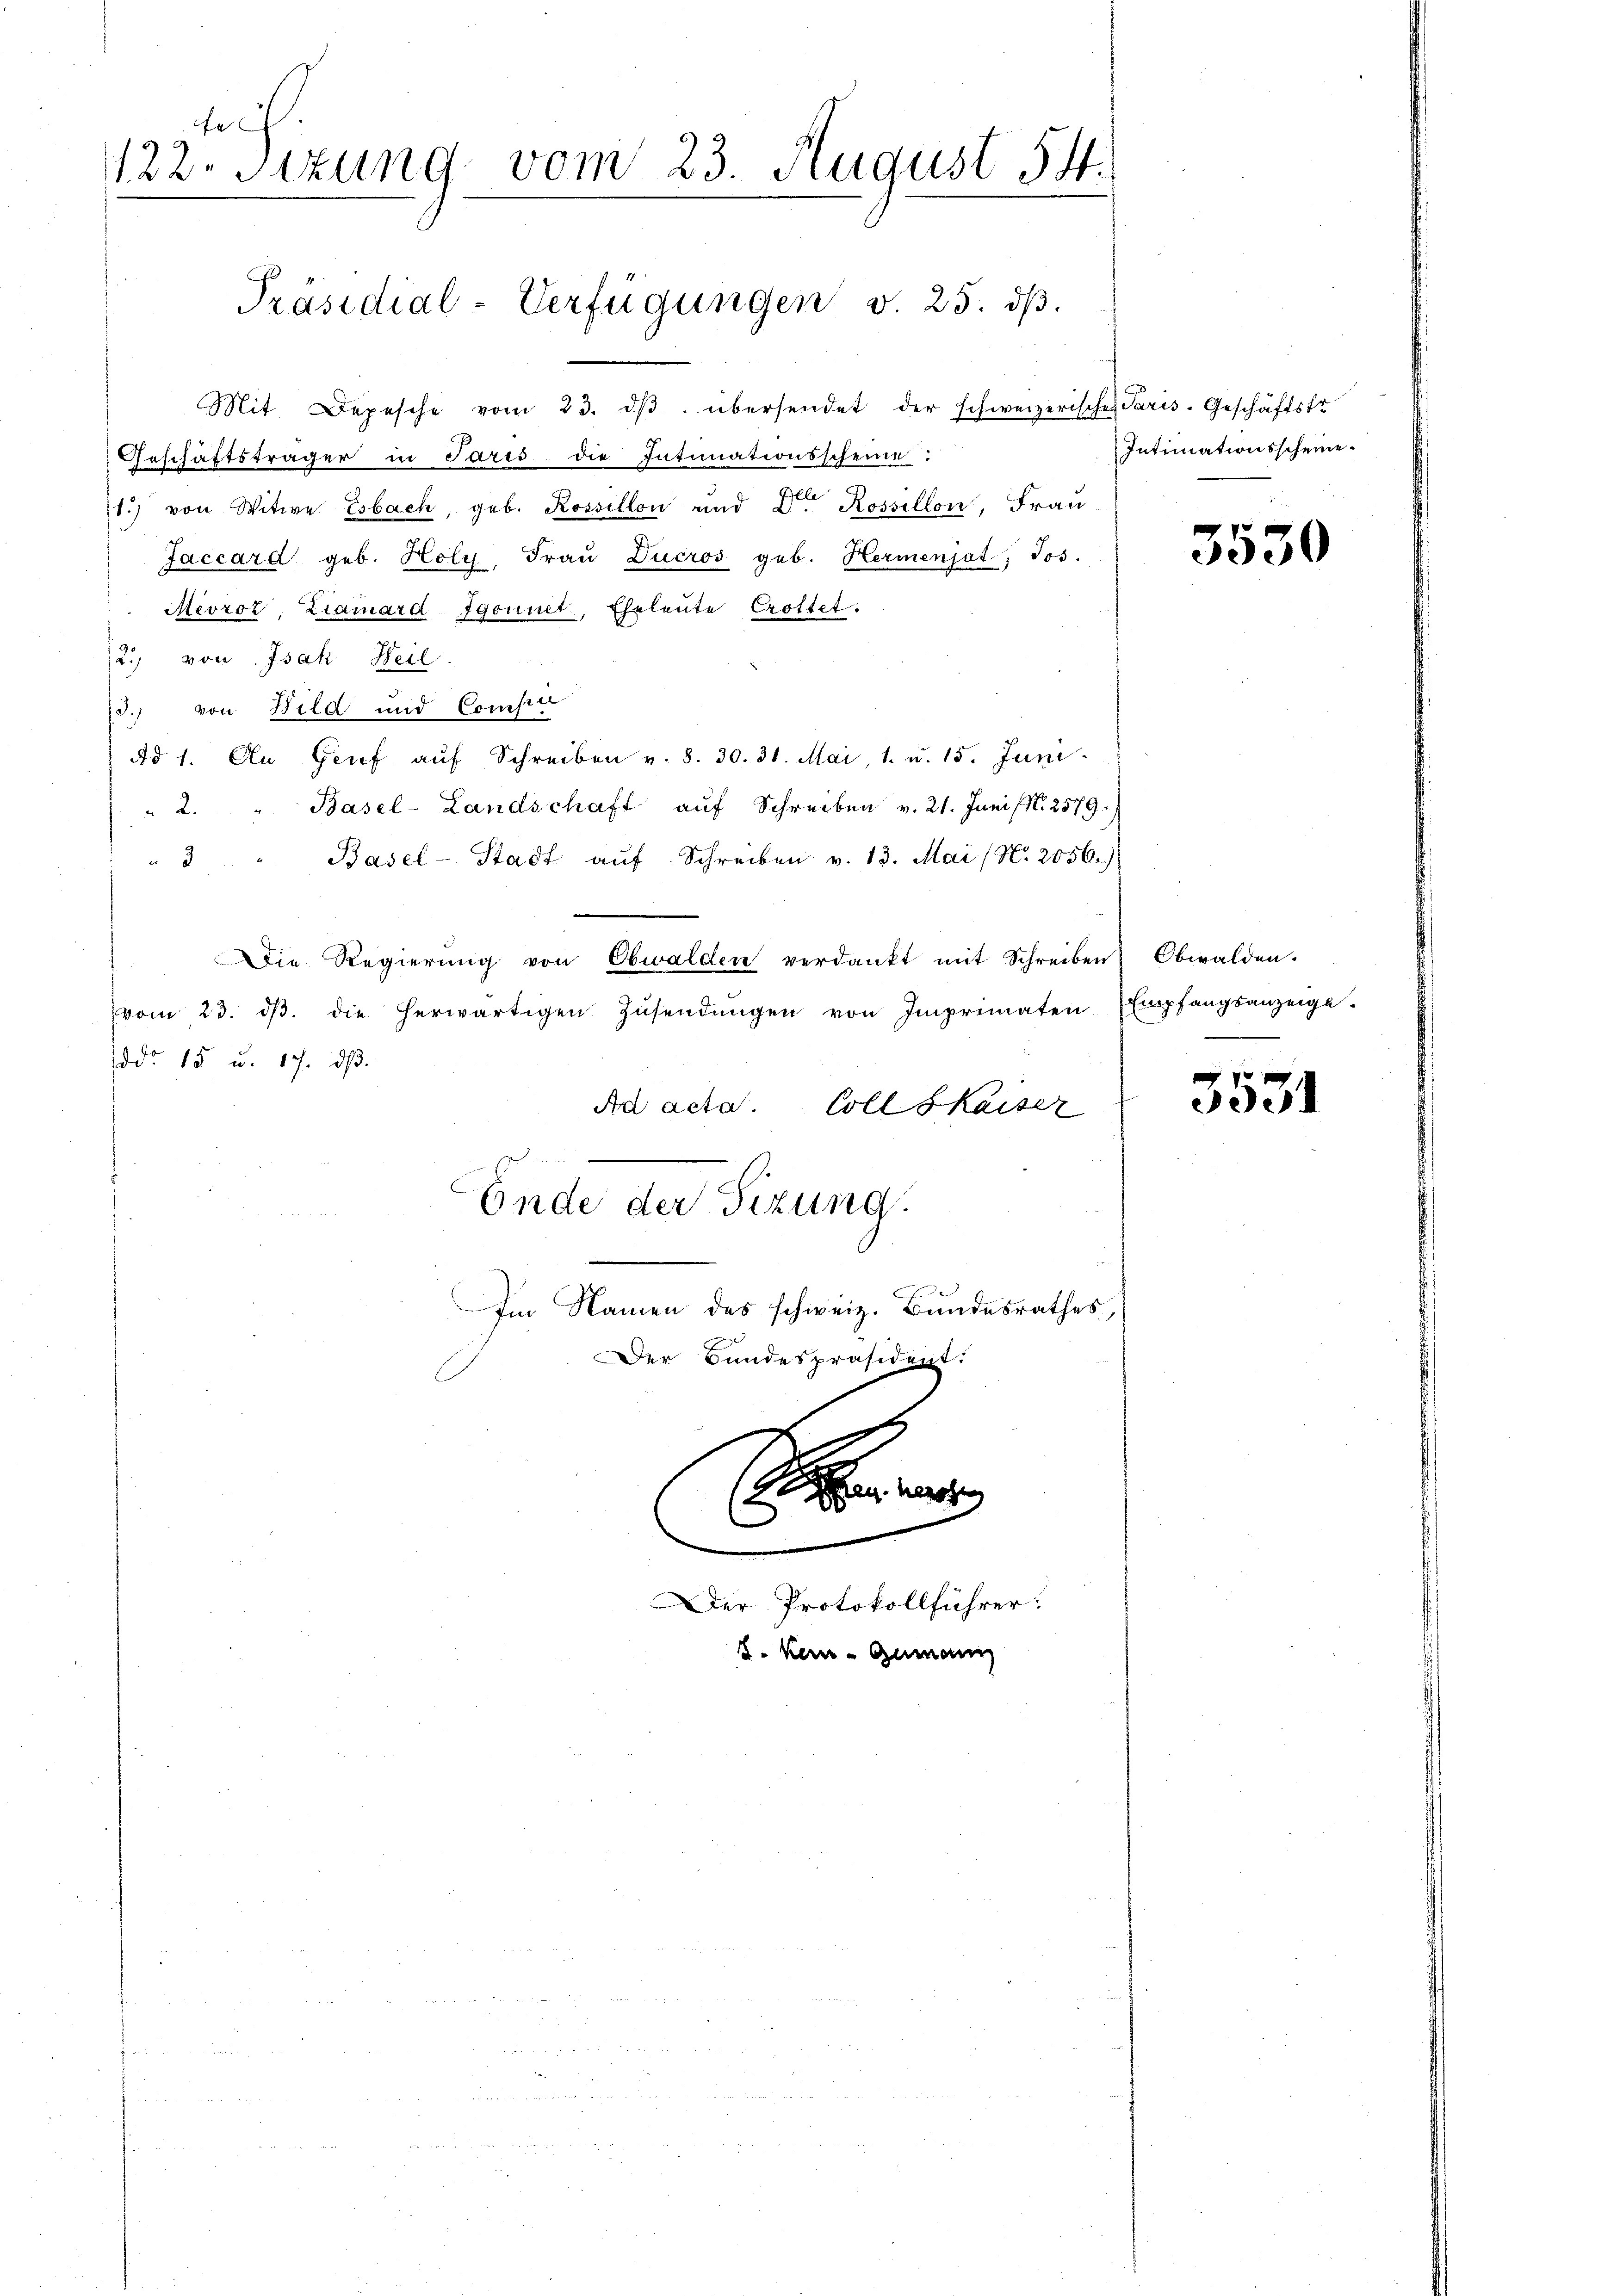
122. Sizung vom 23. August 54.

Präsidial-Verfügungen v. 25. dβ.

Mit Depesche vom 23. dβ übersendet der schweizerisches Paris-Geschäftstr
Geschäftsträger in Paris die Intinationsscheine:
1.) von Witwe Esbach, geb. Rossillon und Dr. Rossillon, Frau
Jaccard geb. Holy, Fraŭ Ducros geb. Hermenjat Jos.
Mivroz-Ziaiard Igonnet, Eheleute Crottet.
12. von Isak Weil
73.) von Bild und Compter
Ad 1. An Genf auf Schreiben v. 8. 30. 31. Mai, 1. u. 15. Juni
" 2. " Basel-Landschaft aŭf Schreiben v. 21. Juni (N. 2579.
" 2 " Basel-Stadt aŭf Schreiben v. 13. Mai (N. 2056.)
—
Die Regierŭng von Obwalden verdankt mit Schreiben Obwalden.
vom 23. dβ. die herwärtigen Zŭsendŭngen von Imprimaten Empfangsanzeige.
ddo 15 u. 17. dβ.
Ad acta. Coll Kaiser
Ende der Sizung.

Im Namen des schweiz. Bundesrathes,
Se
2
0
.
Der Protokollführer:
8. Kern - Gumann

Der Bundespräsident.

Intimationsscheine.

3550

3531